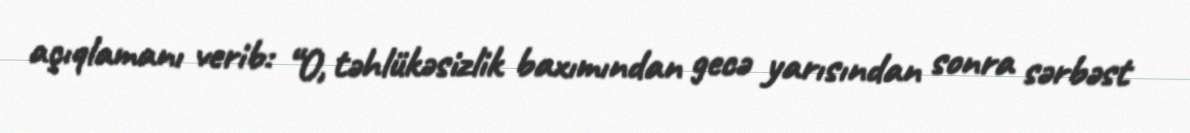
açıqlamanı verib: “O, təhlükəsizlik baxımından gecə yarısından sonra sərbəst